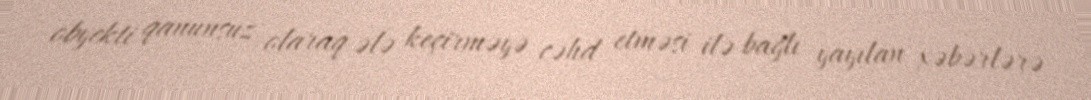
obyekti qanunsuz olaraq ələ keçirməyə cəhd etməsi ilə bağlı yayılan xəbərlərə